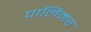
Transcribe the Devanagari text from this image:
पालिमर